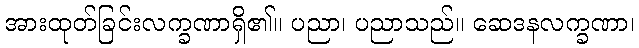
အားထုတ်ခြင်းလက္ခဏာရှိ၏။ ပညာ၊ ပညာသည်။ ဆေဒနလက္ခဏာ၊